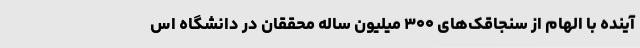
آینده با الهام از سنجاقک‌های ۳۰۰ میلیون ساله محققان در دانشگاه اس